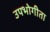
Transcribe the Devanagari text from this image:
उपभोगीता